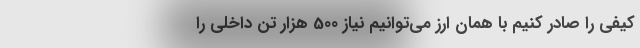
کیفی را صادر کنیم با همان ارز می‌توانیم نیاز 500 هزار تن داخلی را